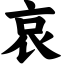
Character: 哀